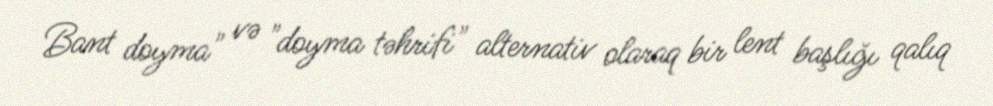
Bant doyma" və "doyma təhrifi" alternativ olaraq bir lent başlığı qalıq